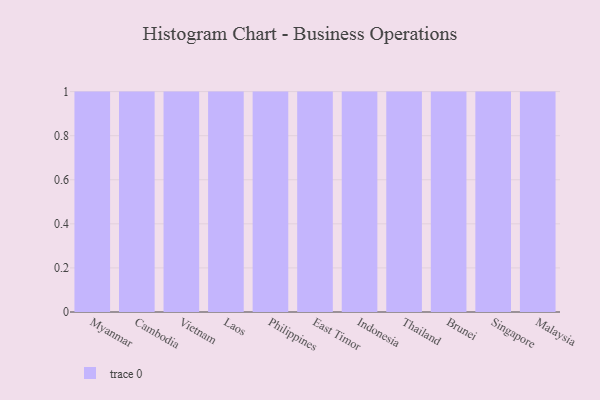
{"axis": {"x": "Country", "y": "Satisfaction Score"}, "legend": [""], "data": [{"x": "Myanmar", "y": 7, "type": ""}, {"x": "Cambodia", "y": 77, "type": ""}, {"x": "Vietnam", "y": 72, "type": ""}, {"x": "Laos", "y": 66, "type": ""}, {"x": "Philippines", "y": 87, "type": ""}, {"x": "East Timor", "y": 15, "type": ""}, {"x": "Indonesia", "y": 73, "type": ""}, {"x": "Thailand", "y": 26, "type": ""}, {"x": "Brunei", "y": 95, "type": ""}, {"x": "Singapore", "y": 73, "type": ""}, {"x": "Malaysia", "y": 67, "type": ""}]}